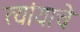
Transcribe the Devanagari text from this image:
त्यांयाचे